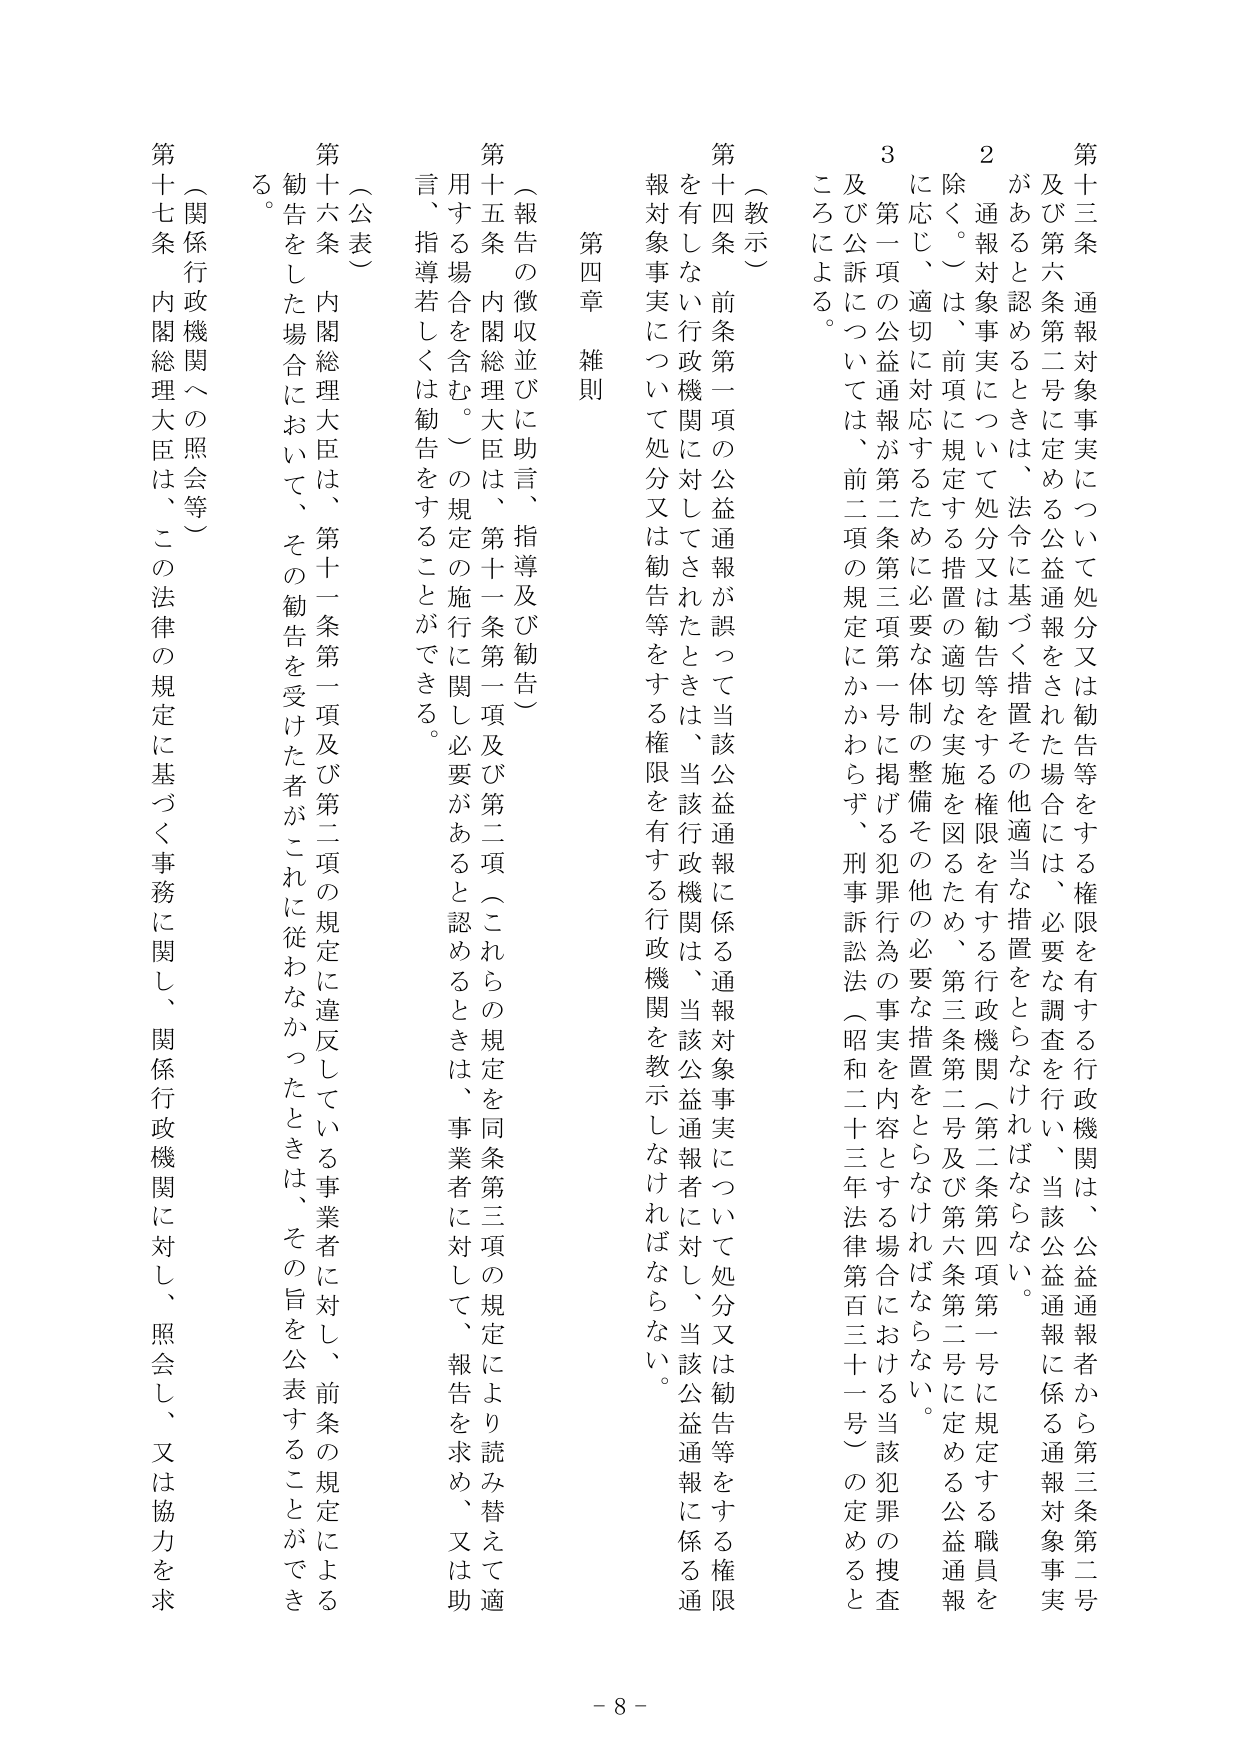
第十三条 通報対象事実について処分又は勧告等をする権限を有する行政機関は、公益通報者から第三条第二号及び第六条第二号に定める公益通報をされた場合には、必要な調査を行い、当該公益通報に係る通報対象事実があると認めるときは、法令に基づく措置その他適当な措置をとらなければならない。

２ 通報対象事実について処分又は勧告等をする権限を有する行政機関（第二条第四項第一号に規定する公益職員を除く。）は、前項に規定する措置の適切な実施を図るため、第三条第二号及び第六条第二号に定める公益通報に応じ、適切に対応するために必要な体制の整備その他の必要な措置をとらなければならない。

３ 第一項の公益通報が第二条第三項第一号に掲げる犯罪行為の事実を内容とする場合における当該犯罪の捜査及び公訴については、前二項の規定にかかわらず、刑事訴訟法（昭和二十三年法律第百三十一号）の定めるところによる。

（教示）

第十四条 前条第一項の公益通報が誤って当該公益通報に係る通報対象事実について処分又は勧告等をする権限を有しない行政機関に対してされたときは、当該行政機関は、当該公益通報者に対し、当該公益通報に係る通報対象事実について処分又は勧告等をする権限を有する行政機関を教示しなければならない。

第四章 雑則

（報告の徴収並びに助言、指導及び勧告）

第十五条 内閣総理大臣は、第十一条第一項及び第二項（これらの規定を同条第三項の規定により読み替えて適用する場合を含む。）の規定の施行に関し必要があると認めるときは、事業者に対して、報告を求め、又は助言、指導若しくは勧告をすることができる。

（公表）

第十六条 内閣総理大臣は、第十一条第一項及び第二項の規定に違反している事業者に対し、前条の規定による勧告をした場合において、その勧告を受けた者がこれに従わなかったときは、その旨を公表することができる。

（関係行政機関への照会等）

第十七条 内閣総理大臣は、この法律の規定に基づく事務に関し、関係行政機関に対し、照会し、又は協力を求める。

- 8 -